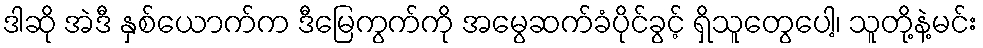
ဒါဆို အဲဒီ နှစ်ယောက်က ဒီမြေကွက်ကို အမွေဆက်ခံပိုင်ခွင့် ရှိသူတွေပေါ့၊ သူတို့နဲ့မင်း